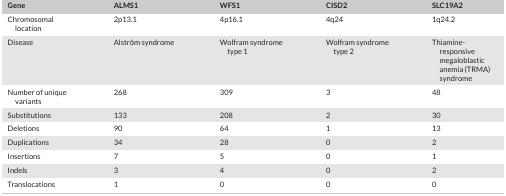
| Gene | ALMS1 | WFS1 | CISD2 | SLC19A2 |
 | --- | --- | --- | --- | --- |
 | Chromosomal location | 2p13.1 | 4p16.1 | 4q24 | 1q24.2 |
 | Disease | Alström syndrome | Wolfram syndrome type 1 | Wolfram syndrome type 2 | Thiamine‐responsive megaloblastic anemia (TRMA) syndrome |
 | Number of unique variants | 268 | 309 | 3 | 48 |
 | Substitutions | 133 | 208 | 2 | 30 |
 | Deletions | 90 | 64 | 1 | 13 |
 | Duplications | 34 | 28 | 0 | 2 |
 | Insertions | 7 | 5 | 0 | 1 |
 | Indels | 3 | 4 | 0 | 2 |
 | Translocations | 1 | 0 | 0 | 0 |